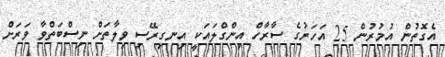
އެގޮތުން އުމުރުން 25 އަހަރުގެ ސާރާހް އިންގްލައަކީ އިނގިރޭސި ވިލާތަށް ނިސްބަތްވާ ވަރަށް